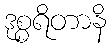
ဒုစ္စရိတာနိ